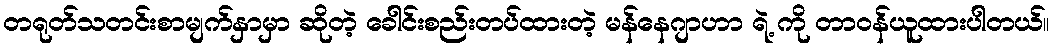
တရုတ်သတင်းစာမျက်နှာမှာ ဆိုတဲ့ ခေါင်းစည်းတပ်ထားတဲ့ မန်နေဂျာဟာ ရဲ့ ကို တာဝန်ယူထားပါတယ်။